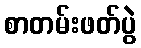
စာတမ်းဖတ်ပွဲ